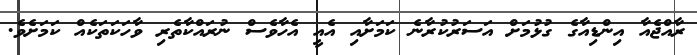
ރާއްޖެއާ އިންޑިއާގެ ގުޅުމަށް އަސަރުކުރާނެ ކަމަށާއި އެއީ އެހާވެސް ނުރައްކާތެރި ވާހަކަތަކެއް ކަމަށެވެ.